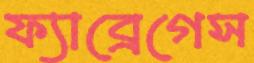
ফ্যাব্রেগেস